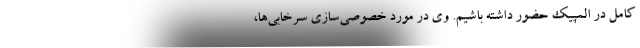
کامل در المپیک حضور داشته باشیم. وی در مورد خصوصی‌سازی سرخابی‌ها،